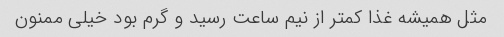
مثل همیشه غذا کمتر از نیم ساعت رسید و گرم بود خیلی ممنون